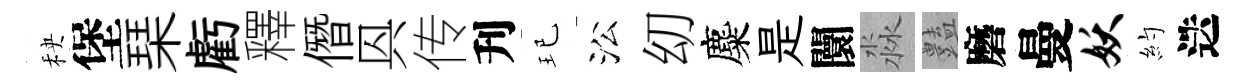
秧堡琹虧釋僭㒷传刋玘㳂㓜麋是闤淼𧰟磨曼妖約迭